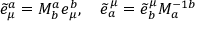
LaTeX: \widetilde { e } _ { \mu } ^ { a } = M _ { b } ^ { a } e _ { \mu } ^ { b } , \quad \widetilde { e } _ { a } ^ { \mu } = \widetilde { e } _ { b } ^ { \mu } M _ { a } ^ { - 1 b }